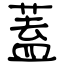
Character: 蓋